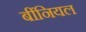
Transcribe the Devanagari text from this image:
बींनियल